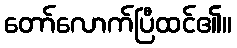
တော်လောက်ပြီထင်၏။